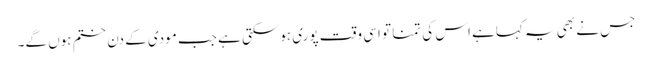
جس نے بھی یہ کہاہے اس کی تمنا تو اسی وقت پوری ہوسکتی ہے جب مودی کے دن ختم ہوں گے۔